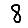
Digit: 8